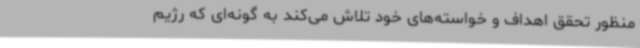
منظور تحقق اهداف و خواسته‌های خود تلاش می‌کند به گونه‌ای که رژیم